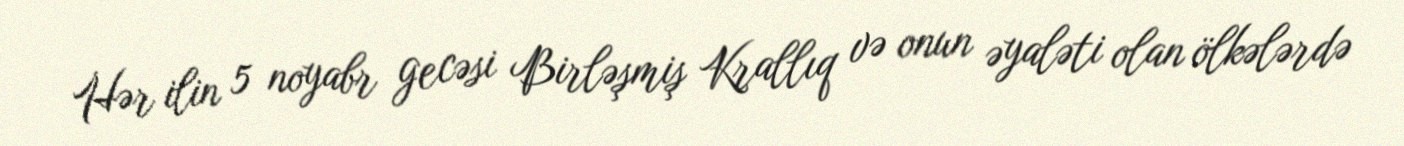
Hər ilin 5 noyabr gecəsi Birləşmiş Krallıq və onun əyaləti olan ölkələrdə